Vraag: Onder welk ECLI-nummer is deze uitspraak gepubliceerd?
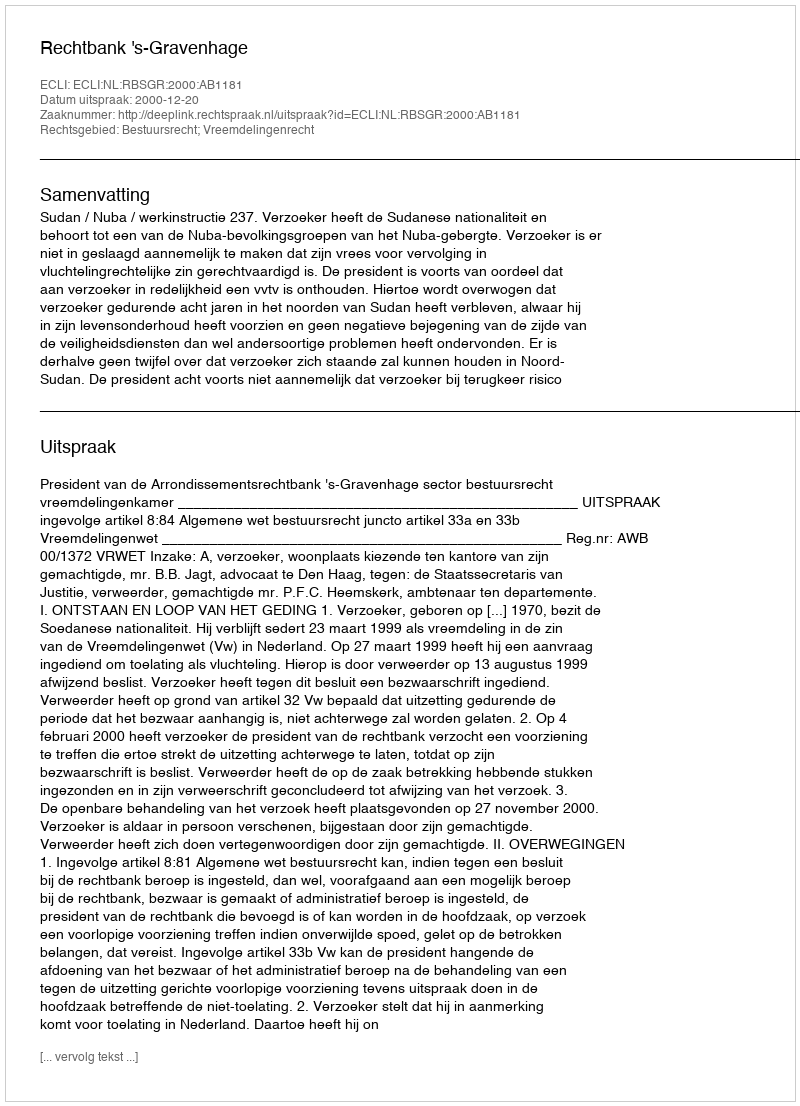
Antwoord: ECLI:NL:RBSGR:2000:AB1181